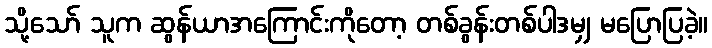
သို့သော် သူက ဆွန်ယာအကြောင်းကိုတော့ တစ်ခွန်းတစ်ပါဒမျှ မပြောပြခဲ့။